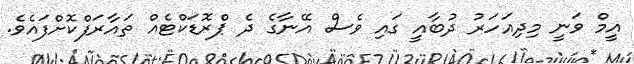
އީމް ވަނީ މިދިއަހަރު ދުބާއީ ގައި ވެސް އޭނާގެ ދެ ޕްރޮޑަކްޓެއް ތައާރަފްކޮށްފައެވެ.